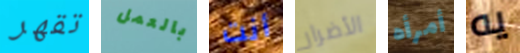
تقهر بالعمل أنت الأضرار أمرأه يه